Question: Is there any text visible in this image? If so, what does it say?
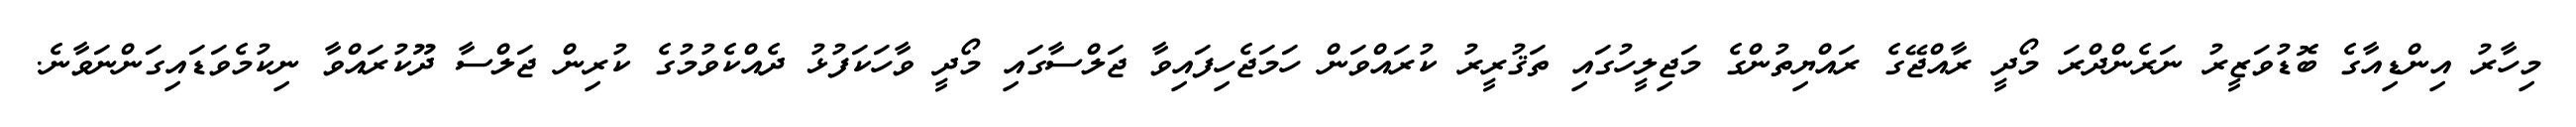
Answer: މިހާރު އިންޑިއާގެ ބޮޑުވަޒީރު ނަރެންދްރަ މޯދީ ރާއްޖޭގެ ރައްޔިތުންގެ މަޖިލީހުގައި ތަޤުރީރު ކުރައްވަން ހަމަޖެހިފައިވާ ޖަލްސާގައި މޯދީ ވާހަކަފުޅު ދެއްކެވުމުގެ ކުރިން ޖަލްސާ ދޫކުރައްވާ ނިކުމެވަޑައިގަންނަވާނެ.